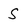
Character: S